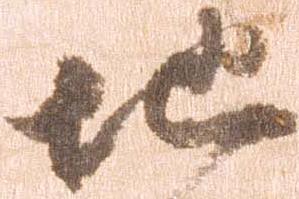
地